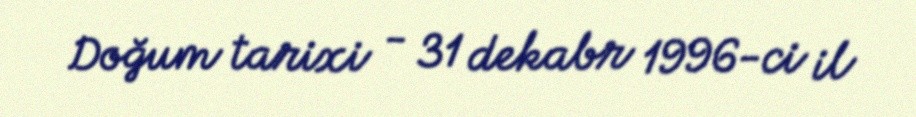
Doğum tarixi - 31 dekabr 1996-ci il